Code of medical and sanitary regulations for the guidance of medical officers serving in the Madras Presidency - Volume II
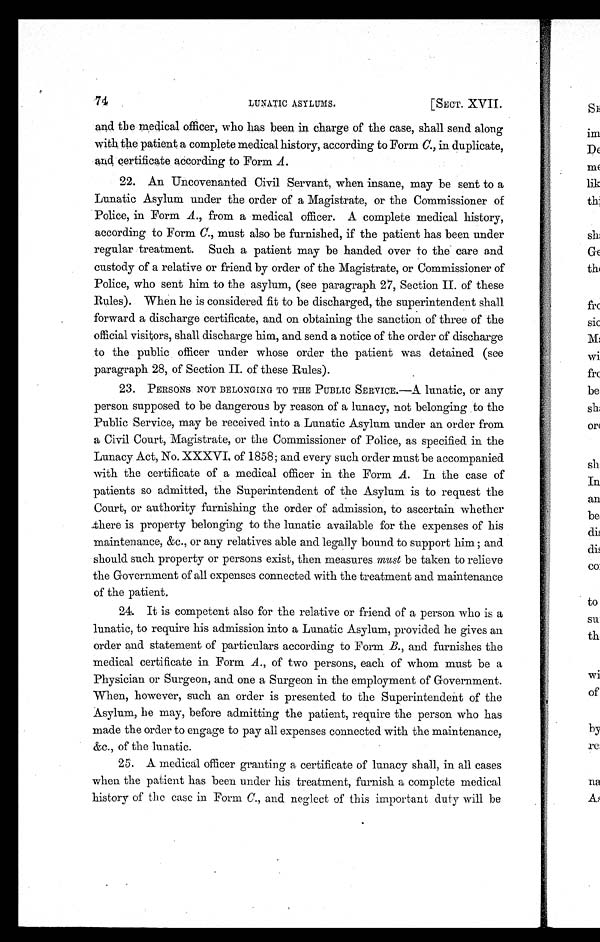
74
LUNATIC ASYLUMS.
[SECT. XVII.
and the medical officer, who has been in charge of the case, shall send along
with the patient a complete medical history, according to Form C., in duplicate,
and certificate according to Form A .
22. An Uncovenanted Civil Servant, when insane, may be sent to a
Lunatic Asylum under the order of a Magistrate, or the Commissioner of
Police, in Form A ., from a medical officer. A complete medical history,
according to Form C., must also be furnished, if the patient has been under
regular treatment. Such a patient may be handed over to the care and
custody of a relative or friend by order of the Magistrate, or Commissioner of
Police, who sent him to the asylum, (see paragraph 27, Section II. of these
Rules). When he is considered fit to be discharged, the superintendent shall
forward a discharge certificate, and on obtaining the sanction of three of the
official visitors, shall discharge him, and send a notice of the order of discharge
to the public officer under whose order the patient was detained (see
paragraph 28, of Section II. of these Rules).
23. PERSONS NOT BELONGING TO THE PUBLIC SERVICE.—A lunatic, or any
person supposed to be dangerous by reason of a lunacy, not belonging to the
Public Service, may be received into a Lunatic Asylum under an order from
a Civil Court, Magistrate, or the Commissioner of Police, as specified in the
Lunacy Act , No. XXXVI . of 1858; and ever y such or der must be accompani ed
with the certificate of a medical officer in the Form A. In the case of
patients so admitted, the Superintendent of the Asylum is to request the
Court, or authority furnishing the order of admission, to ascertain whether
there is property belonging to the lunatic available for the expenses of his
maintenance, &c., or any relatives able and legally bound to support him ; and
should such property or persons exist, then measures must be taken to relieve
the Government of all expenses connected with the treatment and maintenance
of the patient.
24. It is competent also for the relative or friend of a person who is a
lunatic, to require his admission into a Lunatic Asylum, provided he gives an
order and statement of particulars according to Form B., and furnishes the
medical certificate in Form A ., of two persons, each of whom must be a
Physician or Surgeon, and one a Surgeon in the employment of Government.
When, however, such an order is presented to the Superintendent of the
Asylum, he may, before admitting the patient, require the person who has
made the order to engage to pay all expenses connected with the maintenance,
&c., of the lunatic.
25. A medical officer granting a certificate of lunacy shall, in all cases
when the patient has been under his treatment, furnish a complete medical
history of the case in Form C., and neglect of this important duty will be